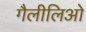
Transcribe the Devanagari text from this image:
गैलीलिओ